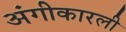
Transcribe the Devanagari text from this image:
अंगीकारली